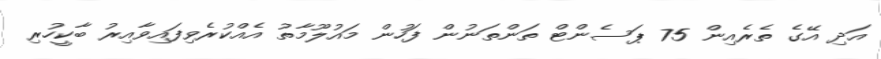
އަދި އޭގެ ތެރެއިން 75 ޕަސެންޓް ތަންތަނުން ފަހުން މައުލޫމާތު އެއްކުރެވިފައިވާއިރު ބާކީހުރި